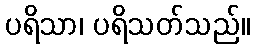
ပရိသာ၊ ပရိသတ်သည်။